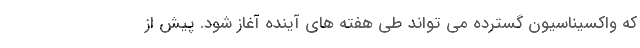
که واکسیناسیون گسترده می تواند طی هفته های آینده آغاز شود. پیش از